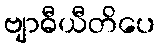
ဗျာဓီယီတိပေ